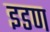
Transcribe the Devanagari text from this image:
इडण